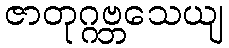
ဇာတုဂ္ဂဗ္ဘသေယျ